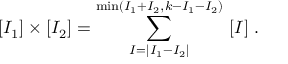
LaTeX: [ I _ { 1 } ] \times [ I _ { 2 } ] = \sum _ { I = | I _ { 1 } - I _ { 2 } | } ^ { \mathrm { m i n } ( I _ { 1 } + I _ { 2 } , k - I _ { 1 } - I _ { 2 } ) } \ [ I ] \ .